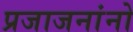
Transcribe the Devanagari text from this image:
प्रजाजनांनो